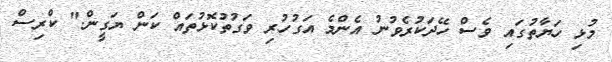
މުޅި ހަޔާތުގައި ވެސް ހޭދަކުރެވުނު އެންމެ އަގުހުރި ވަގުތުކޮޅުތައް ކަން ޔަގީން." ކްރިސް